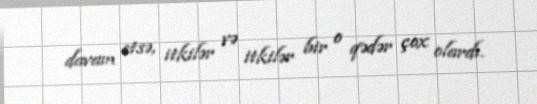
davam etsə, itkilər və itkilər bir o qədər çox olardı.